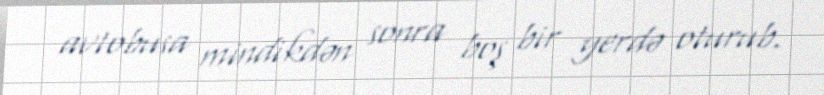
avtobusa mindikdən sonra boş bir yerdə oturub.